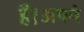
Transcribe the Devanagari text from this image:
हैं।अपने